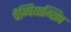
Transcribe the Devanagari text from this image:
चैम्पियाम्शिप